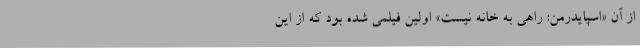
از آن «اسپایدرمن: راهی به خانه نیست» اولین فیلمی شده بود که از این